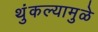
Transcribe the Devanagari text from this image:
थुंकल्यामुळे